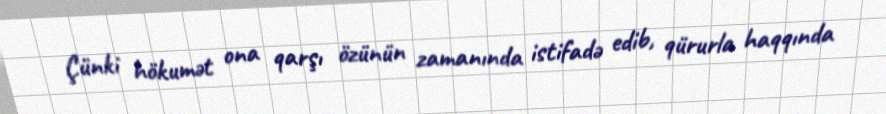
Çünki hökumət ona qarşı özünün zamanında istifadə edib, qürurla haqqında